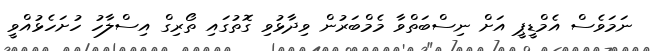
ނަމަވެސް އެމްޑީޕީ އަށް ނިސްބަތްވާ މެމްބަރުން ވިދާޅުވި ގޮތުގައި ތޯރިގް އިސްލާހު ހުށަހެޅުއްވީ